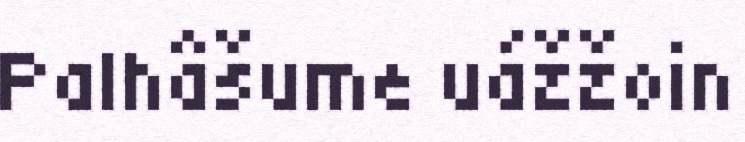
Palhâšume uážžoin